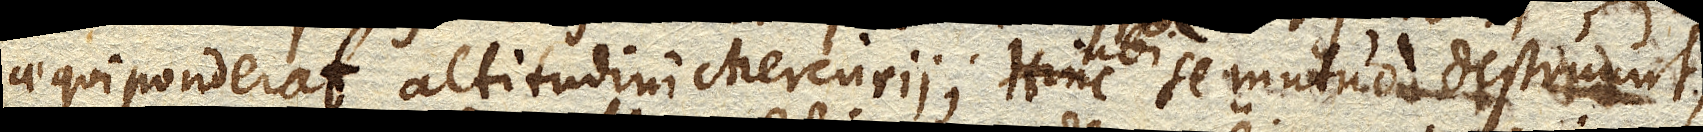
aequiponderat altitudini Mercurii, ubi se mutuo destruunt,